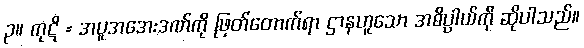
၃။ ကုဋိ = အပူအအေးဒဏ်ကို ဖြတ်တောက်ရာ ဌာနဟူသော အဓိပ္ပာယ်ကို ဆိုပါသည်။